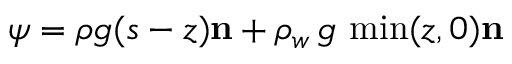
\psi = \rho g ( s - z ) \mathbf { n } + \rho _ { w } \, g \, \operatorname* { m i n } ( z , 0 ) \bf { n }